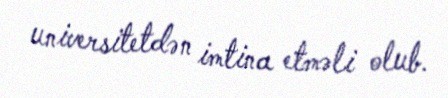
universitetdən imtina etməli olub.